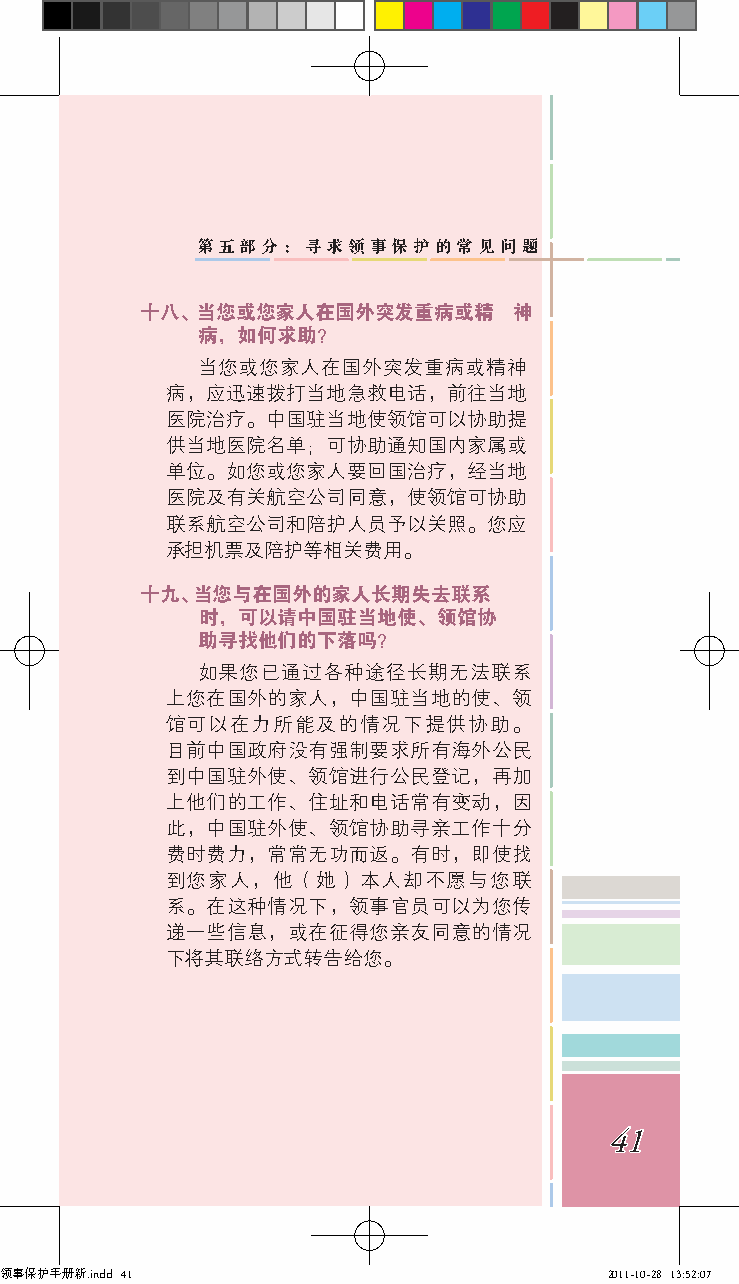
第五部分：寻求领事保护的常见问题
 十八 、 当您或您家人在国外突发重病或精     神
 病，如何求助？
 当您或您家人在国外突发重病或精神
 病，应迅速拨打当地急救电话，前往当地
 医院治疗。中国驻当地使领馆可以协助提
 供当地医院名单；可协助通知国内家属或
 单位。如您或您家人要回国治疗，经当地
 医院及有关航空公司同意，使领馆可协助
 联系航空公司和陪护人员予以关照。您应
 承担机票及陪护等相关费用。
 十九 、 当您与在国外的家人长期失去联系
 时，可以请中国驻当地使、领馆协
 助寻找他们的下落吗？
 如果您已通过各种途径长期无法联系
 上您在国外的家人，中国驻当地的使、领
 馆可以在力所能及的情况下提供协助。
 目前中国政府没有强制要求所有海外公民
 到中国驻外使、领馆进行公民登记，再加
 上他们的工作、住址和电话常有变动，因
 此，中国驻外使、领馆协助寻亲工作十分
 费时费力，常常无功而返。有时，即使找
 到您家人，他（她）本人却不愿与您联
 系。在这种情况下，领事官员可以为您传
 递一些信息，或在征得您亲友同意的情况
 下将其联络方式转告给您。
 41
 领事保护手册新.indd 41                         2011-10-28 13:52:07